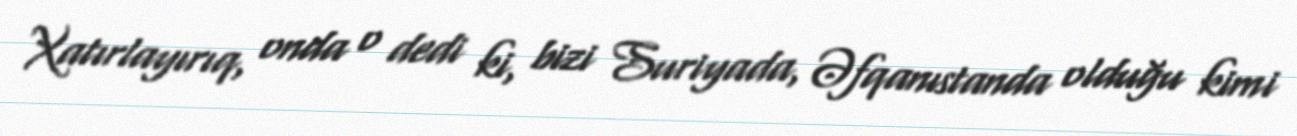
Xatırlayırıq, onda o dedi ki, bizi Suriyada, Əfqanıstanda olduğu kimi